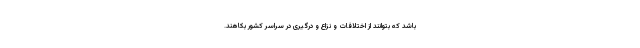
باشد که بتوانند از اختلافات و نزاع و درگیری در سراسر کشور بکاهند.